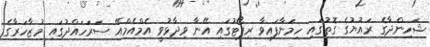
ޝަހިންދާގެ ރައުޔުގެ ގޮތުގައި ހިމަނާފައިވާ ރިޕޯޓުގައި އޭނާ ވިދާޅުވީ އެމްއެމްއޭ ސަރަހައްދުގައި މުޒާހަރާގެ